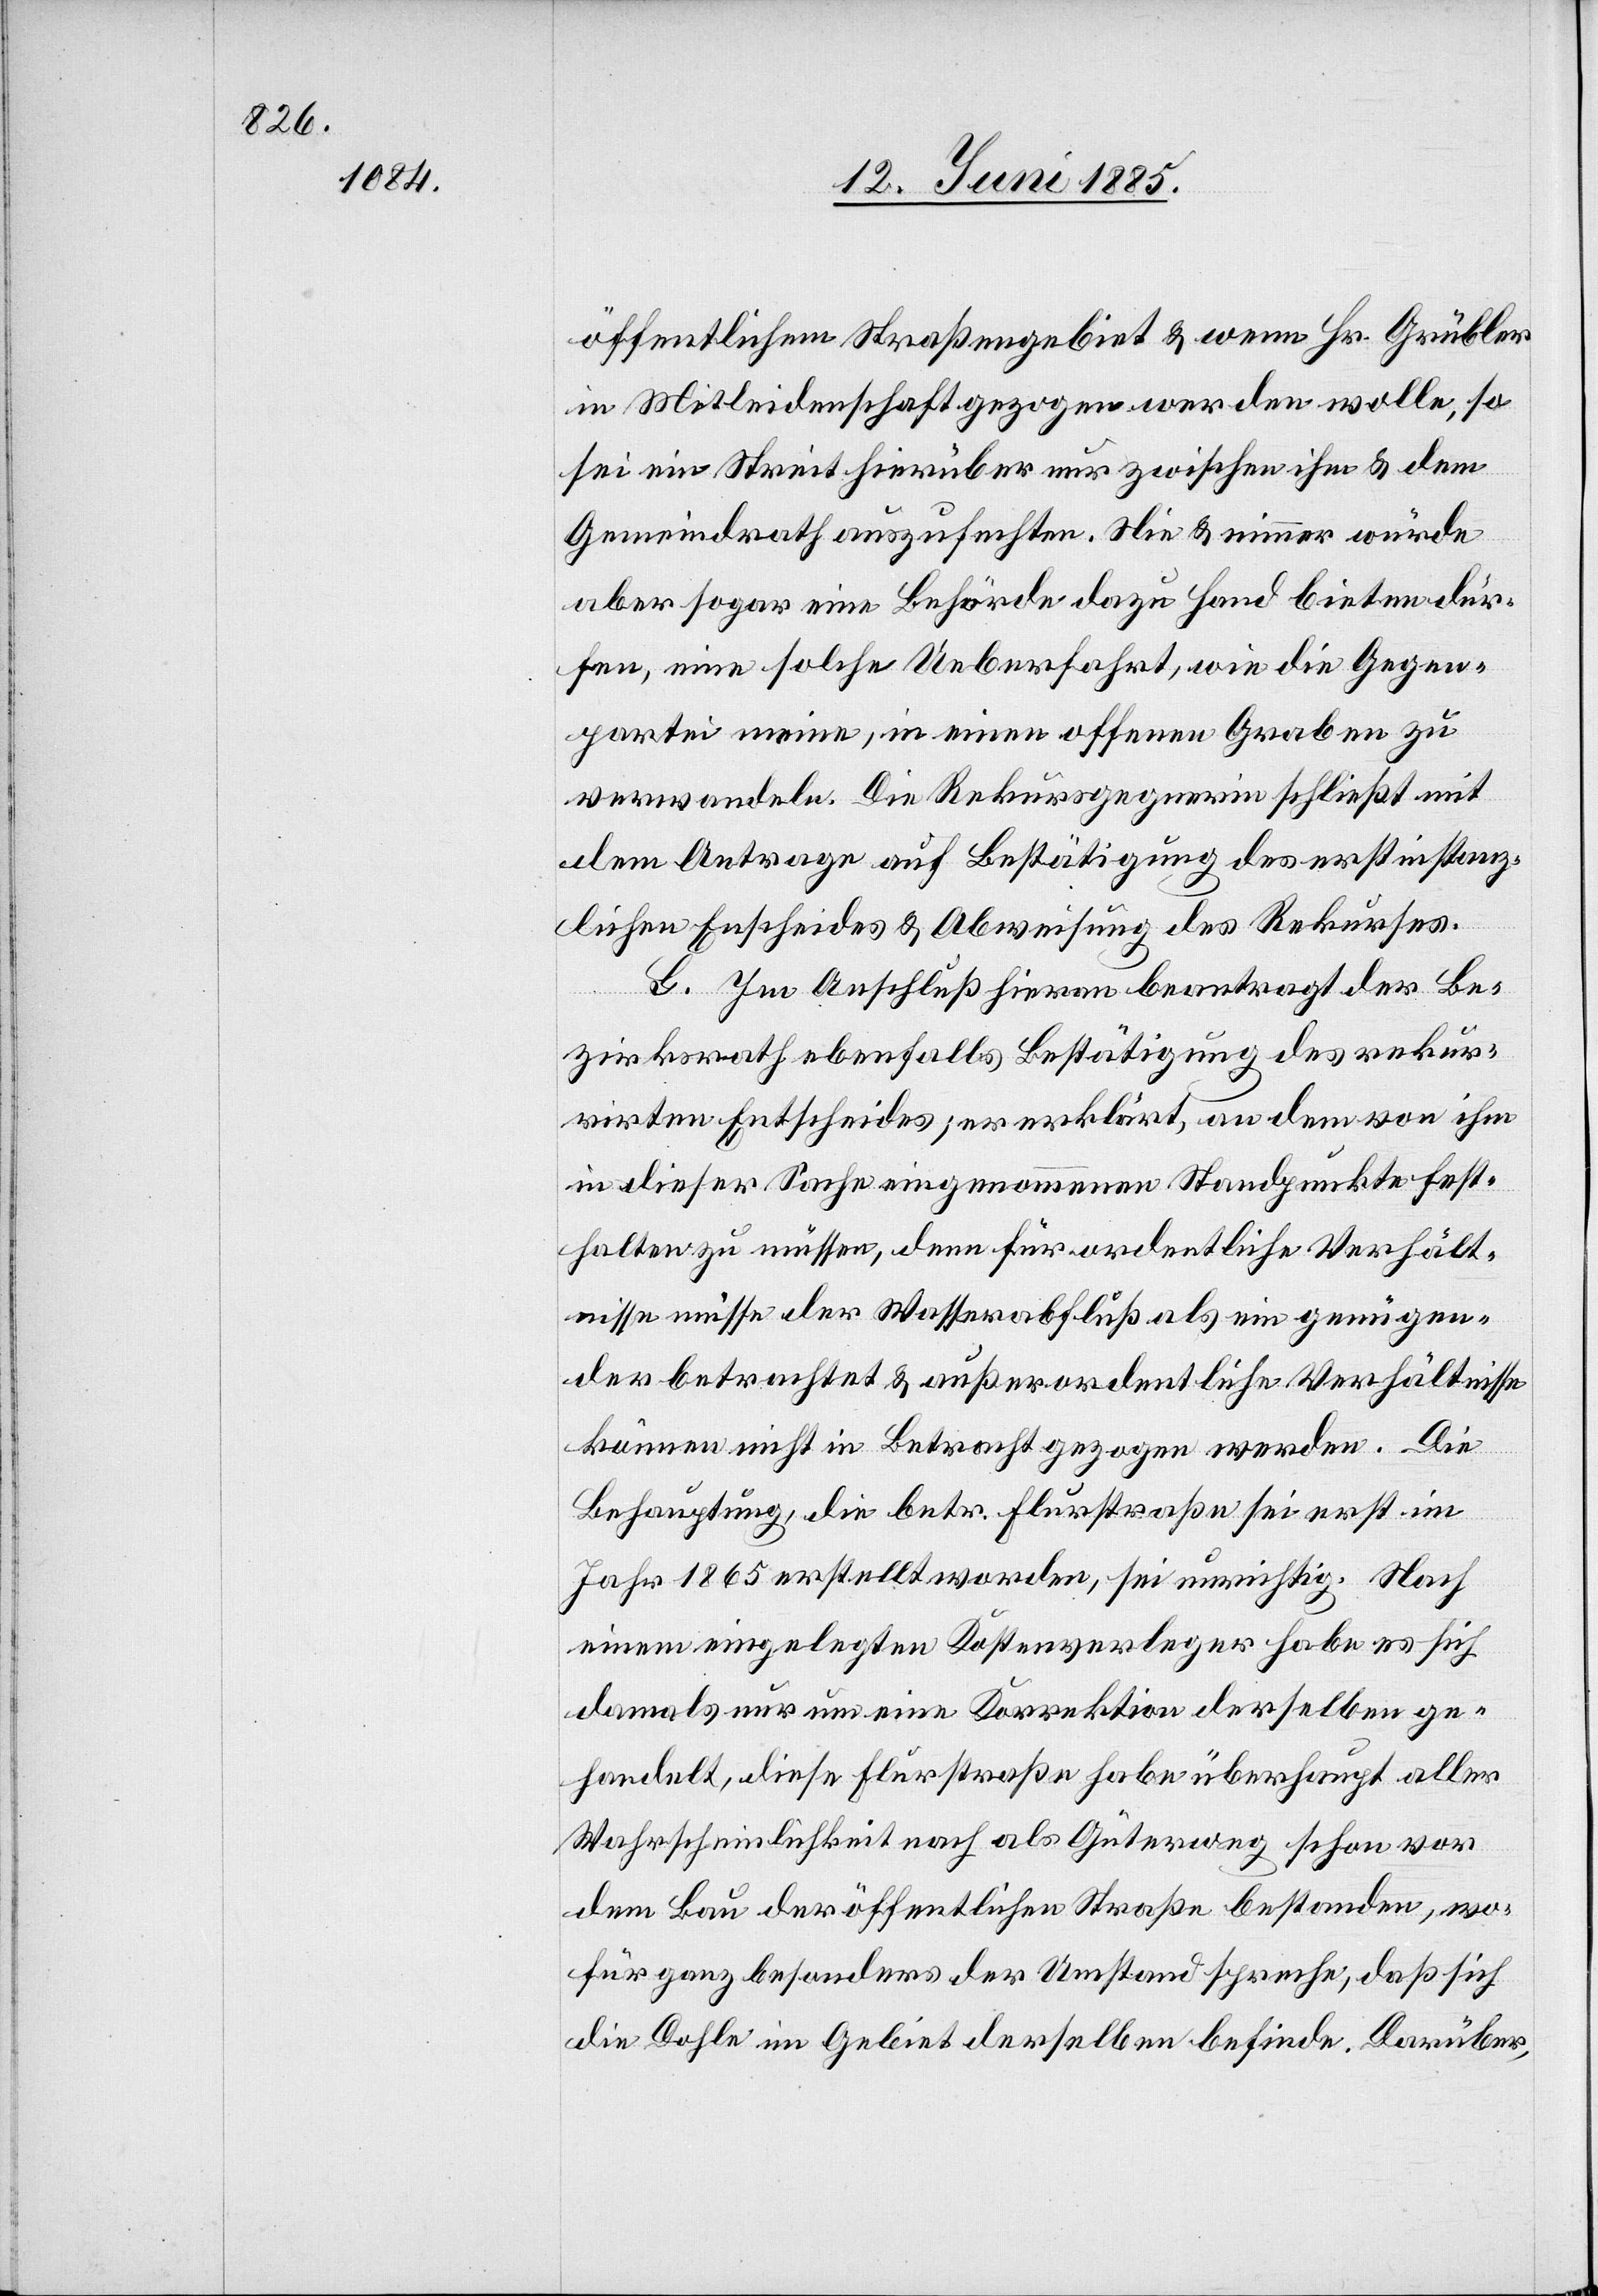
öffentlichem Straßengebiet & wenn Hr. Grübler
in Mitleidenschaft gezogen werden wolle, so
sei ein Streit hierüber nur zwischen ihm & dem
Gemeindrath auszufechten. Nie & nimmer würde
aber sogar eine Behörde dazu Hand bieten dür¬
fen, eine solche Ueberfahrt, wie die Gegen¬
partei meine, in einen offenen Graben zu
verwandeln. Die Rekursgegnerin schließt mit
dem Antrage auf Bestätigung des erstinstanz¬
lichen Entscheides & Abweisung des Rekurses.
G. Im Anschluß hieran beantragt der Be¬
zirksrath ebenfalls Bestätigung des rekur¬
rirten Entscheides; er erklärt, an dem von ihm
in dieser Sache eingenommenen Standpunkte fest¬
halten zu müssen, denn für ordentliche Verhält¬
nisse müsse der Wasserabfluß als ein genügen¬
der betrachtet & außerordentliche Verhältnisse
können nicht in Betracht gezogen werden. Die
Behauptung, die betr. Flurstraße sei erst im
Jahr 1865 erstellt worden, sei unrichtig. Nach
einem eingelegten Kostenverleger habe es sich
damals nur um eine Korrektion derselben ge¬
handelt, diese Flurstraße habe überhaupt aller
Wahrscheinlichkeit nach als Güterweg schon vor
dem Bau der öffentlichen Straße bestanden, wo¬
für ganz besonders der Umstand spreche, daß sich
die Dole im Gebiet derselben befinde. Darüber,